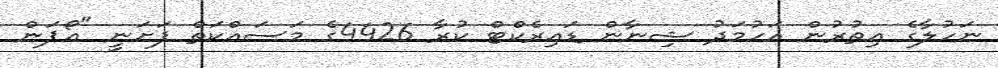
ނަހުލާގެ އިތުރުން އަހުމަދު ޝިނާން ޑައިރެކްޓް ކުރާ 4426ގެ މަސައްކަތް ފަށަނީ "އޯޕަން